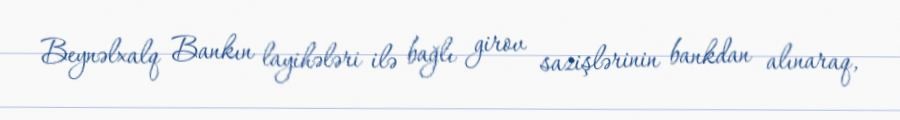
Beynəlxalq Bankın layihələri ilə bağlı girov sazişlərinin bankdan alınaraq,